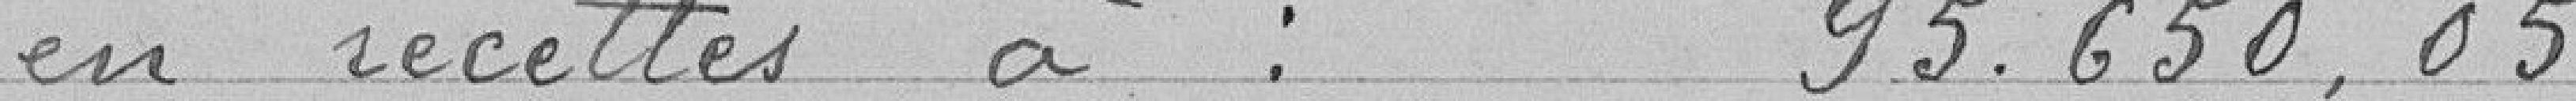
en recettes à : 95.650,05